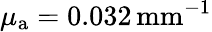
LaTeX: \mu_{{\mathrm a}}=0.032\, \textrm{mm}^{-1}